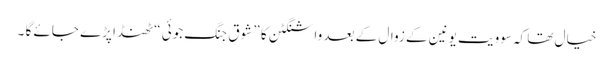
خیال تھا کہ سوویت یونین کے زوال کے بعد واشنگٹن کا ” شوقِ جنگ جوئی “ ٹھنڈا پڑے جائے گا ۔